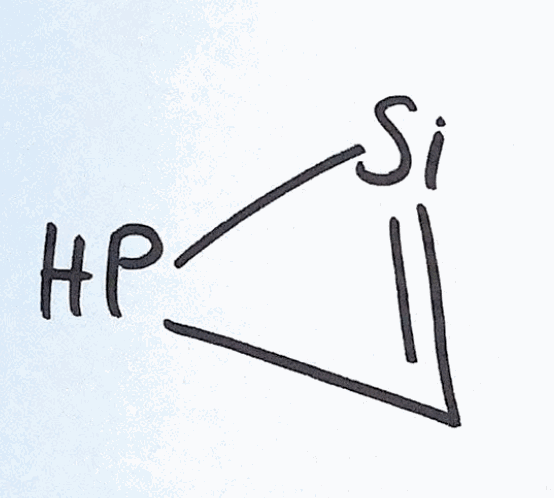
Simplified molecular-input line-entry system (SMILES) notation of the given molecule:
C1=[Si]P1